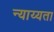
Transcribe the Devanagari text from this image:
न्याय्यता